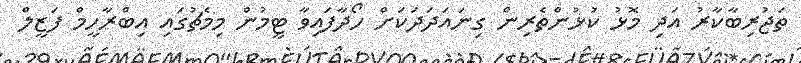
ތަޖުރިބާކާރު އަދި މޮޅު ކުޅުންތެރިން ގިނައަދަދަކަށް ހޯދާފައިވާ ޓީމުން މިމެޗުގައި އިބްރާހީމް ފަޒީލް